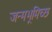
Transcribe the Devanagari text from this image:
जन्मभूमिच्छ